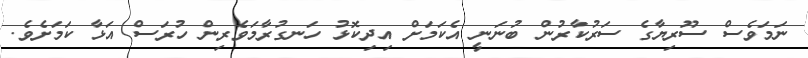
ނަމަވެސް ސޫރިޔާގެ ސަރުކާރުން ބުނަނީ އެކަމަށް އިދިކޮޅު ހަނގުރާމަވެރިން ހުރަސް އަޅާ ކަމަށެވެ.